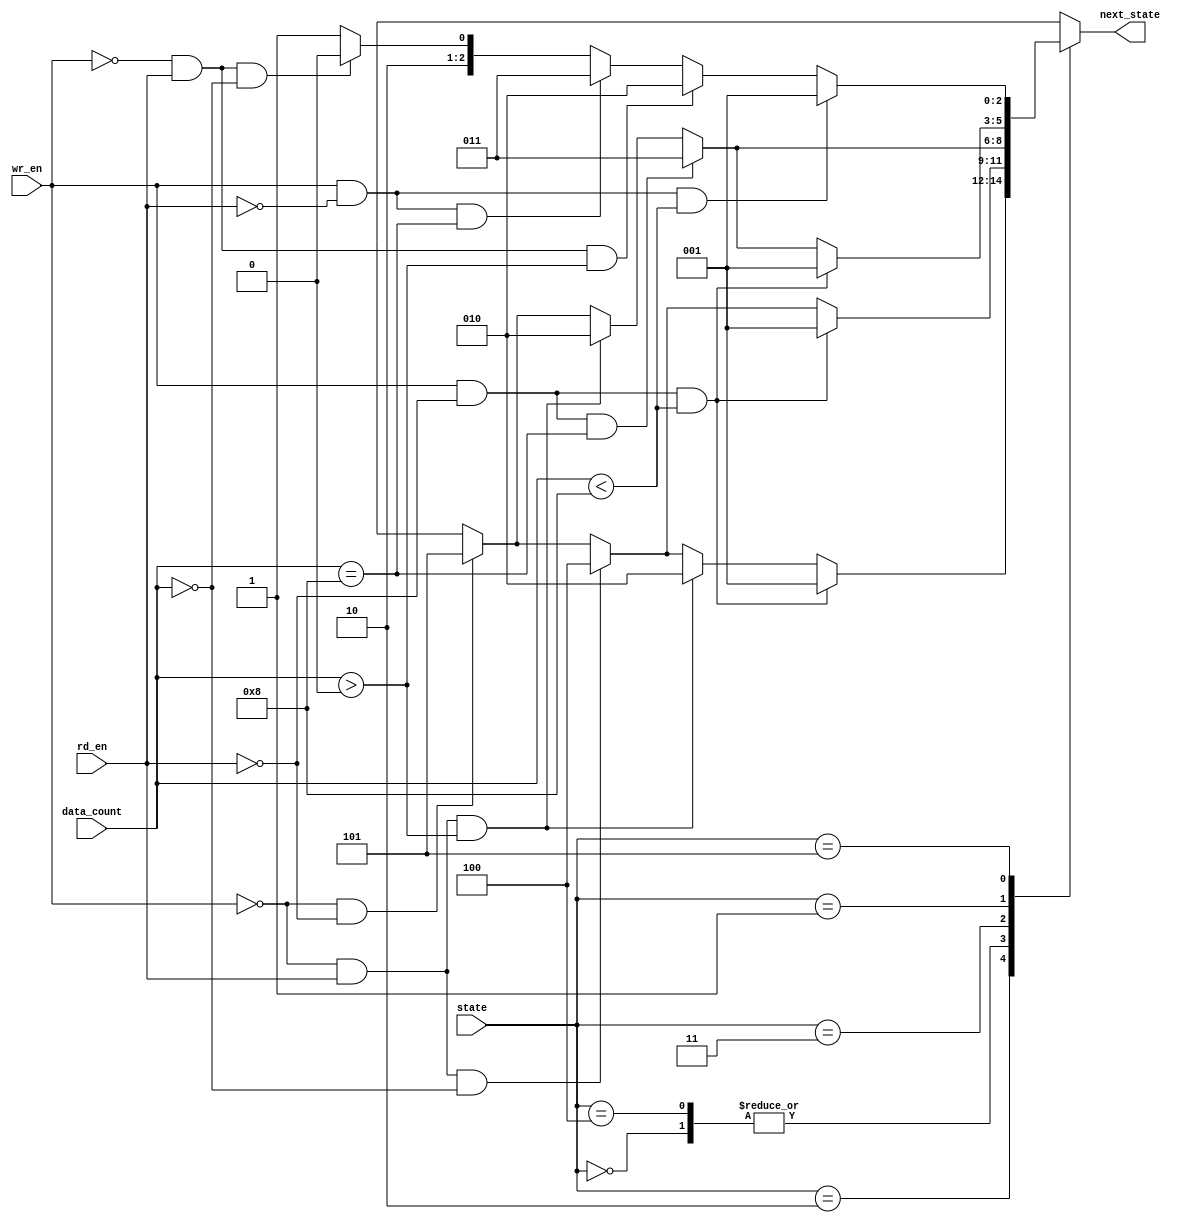
module fifo_ns(wr_en, rd_en, state, data_count, next_state);								//declare fifo_ns module

input wr_en, rd_en;																						//set wr_en, rd_end to input
input [2:0] state;																						//set state to input
input [3:0] data_count;																					//set data count to input
output [2:0] next_state;																				//set next state to output

reg [2:0] next_state;																					//set next state to reg

parameter INIT = 3'b000;																				//set 3'b000 to INIT
parameter WRITE = 3'b001;																				//set 3'b001 to WRITE
parameter READ = 3'b010;																				//set 3'b010 to READ
parameter WR_ERROR = 3'b011;																			//set 3'b011 to WR_ERROR
parameter RD_ERROR = 3'b100;																			//set 3'b100 to RD_ERROR
parameter NO_OP =	3'b101;																				//set 3'b100 to RD_ERROR

always@ (wr_en, rd_en, data_count, state)															//whenever wr_en, rd_en,data_count, state is changed...
begin	
case(state)																									//if state is...
	INIT:																												//INIT
		begin
			if((wr_en) && (!rd_en) && (data_count < 8)) next_state <= WRITE; 				//if wr_en = 1 rd_en = 0 data_count < 8, next_state = WRTIE
			else if((!wr_en) && (rd_en) && (data_count == 0)) next_state <= RD_ERROR;			//if wr_en = 0 rd_en = 1 data_count == 0, next_state = RD_ERROR
			else if((!wr_en)&&(!rd_en)) next_state <= NO_OP;							//if wr_en = 0 rd_en = 0 or wr_en = 1 rde_en = 1, next_state = NO_OP
			else next_state <= 3'bxxx;
		end
	READ:																												//READ
		begin
			if((wr_en) && (!rd_en) && (data_count < 8)) next_state <= WRITE; 				//if wr_en = 1 rd_en = 0 data_count < 8, next_state = WRITE
			else if((!wr_en) && (rd_en) && (data_count > 0)) next_state <= READ;					//if wr_en = 0 rd_en = 1 data_count > 0, next_state = READ
			else if((!wr_en) && (rd_en) && (data_count == 0)) next_state <= RD_ERROR;			//if wr_en = 0 rd_en = 1 data_count == 0,next_state = RD_ERROR
			else if((!wr_en)&&(!rd_en)) next_state <= NO_OP;							//if wr_en = 0 rd_en = 0 or wr_en = 1 rde_en = 1, next_state = NO_OP
			else next_state <= 3'bxxx;
		end
	RD_ERROR:																										//RD_ERROR
		begin	
			if((wr_en) && (!rd_en) && (data_count < 8)) next_state <= WRITE; 				//if wr_en = 1 rd_en = 0 data_count < 8, next_state = WRITE
			else if((!wr_en) && (rd_en) && (data_count == 0)) next_state <= RD_ERROR;			//if wr_en = 0 rd_en = 1 data_count == 0,next_state = RD_ERROR
			else if((!wr_en)&&(!rd_en)) next_state <= NO_OP;							//if wr_en = 0 rd_en = 0 or wr_en = 1 rde_en = 1, next_state = NO_OP
			else next_state <= 3'bxxx;
		end
	WR_ERROR:																										//WR_ERROR
		begin
			if((wr_en) && (!rd_en) && (data_count == 8)) next_state <= WR_ERROR;			//if wr_en = 1 rd_en = 0 data_count == 8, next_state > 0, WR_ERROR
			else if((!wr_en) && (rd_en) && (data_count > 0)) next_state <= READ;					//if wr_en = 0 rd_en = 1 data_count > 0, next_state = READ
			else if((!wr_en)&&(!rd_en)) next_state <= NO_OP;							//if wr_en = 0 rd_en = 0 or wr_en = 1 rde_en = 1, next_state = NO_OP
			else next_state <= 3'bxxx;
		end
	WRITE:																											//WRITE
		begin
			if((wr_en) && (!rd_en) && (data_count < 8)) next_state <= WRITE; 				//if wr_en = 1 rd_en = 0 data_count < 8, next_state = WRITE
			else if((wr_en) && (!rd_en) && (data_count == 8)) next_state <= WR_ERROR;			//if wr_en = 1 rd_en = 0 data_count == 8, next_state > 0, WR_ERROR
			else if((!wr_en) && (rd_en) && (data_count > 0)) next_state <= READ;					//if wr_en = 0 rd_en = 1 data_count > 0, next_state = READ
			else if((!wr_en)&&(!rd_en)) next_state <= NO_OP;							//if wr_en = 0 rd_en = 0 or wr_en = 1 rde_en = 1, next_state = NO_OP
			else next_state <= 3'bxxx;
		end
	NO_OP:																											//NO_OP
		begin
			if(wr_en==1 && rd_en==0 && data_count<8) next_state<=WRITE;	
			else if(wr_en==0 && rd_en==1 && data_count>0) next_state<=READ;
			else if(wr_en==1 && rd_en==0 && data_count==8) next_state<=WR_ERROR;
			else if(wr_en==0 && rd_en==1 && data_count==0) next_state<=RD_ERROR;
			else next_state<=NO_OP;
		end
	default: next_state <= 3'bxxx;
endcase
end
endmodule